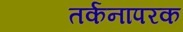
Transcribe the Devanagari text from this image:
तर्कनापरक